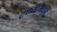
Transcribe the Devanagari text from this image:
टप्प्यांमधून